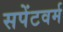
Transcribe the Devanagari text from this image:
सपेंटवर्म